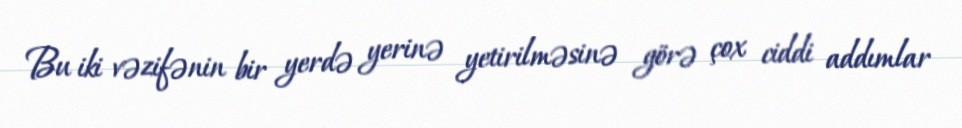
Bu iki vəzifənin bir yerdə yerinə yetirilməsinə görə çox ciddi addımlar